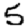
Digit: 5